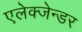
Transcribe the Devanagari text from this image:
एलेक्जेन्डर